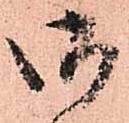
御